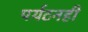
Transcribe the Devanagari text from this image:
पर्यटनही